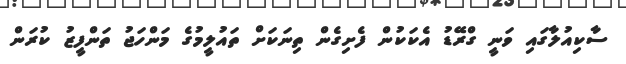
ސާކިއުލާގައި ވަނީ ގްރޭޑު އެކަކުން ފެށިގެން ތިނަކަށް ތައުލީމުގެ މަންހަޖު ތަންފީޒު ކުރަން